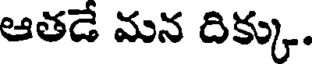
ఆతడే మన దిక్కు.